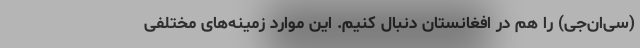
(سی‌ان‌جی) را هم در افغانستان دنبال کنیم. این موارد زمینه‌های مختلفی